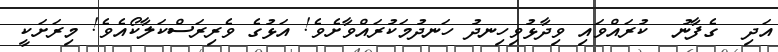
އަދި  ގެފާނު  ކުރައްވައި ވިދާޅުވިހިނދު ހަނދުމަކުރައްވާށެވެ! އަޅުގެ ވެރިރަސްކަލާކޯއެވެ! މިރަށަކީ